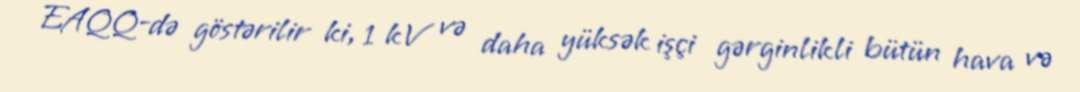
EAQQ-də göstərilir ki, 1 kV və daha yüksək işçi gərginlikli bütün hava və